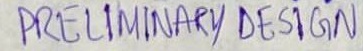
Text: PRELIMINARY DESIGN